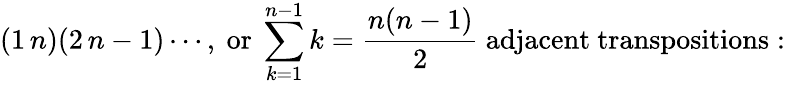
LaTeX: (1\, n)(2\, n-1)\cdots,{\mathrm{~or~}}\sum_{k=1}^{n-1}k={\frac{n(n-1)}{2}}{\mathrm{~adjacent~transpositions:~}}